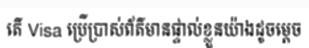
តើ Visa ប្រើប្រាស់ព័ត៌មានផ្ទាល់ខ្លួនយ៉ាងដូចម្តេច